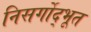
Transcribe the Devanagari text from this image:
निसर्गोद्भूत